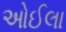
ઓઈલા